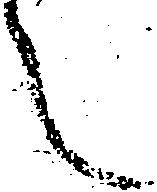
之